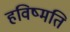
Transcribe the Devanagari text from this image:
हविष्मति